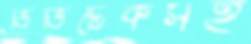
ভিভিটেকসহ